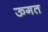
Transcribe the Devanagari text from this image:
ऊगत